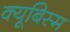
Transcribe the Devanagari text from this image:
क्यूबिस्म